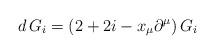
LaTeX: \begin{align*}d\,G_i = \left(2 + 2i - x_\mu \partial^\mu\right)G_i\end{align*}